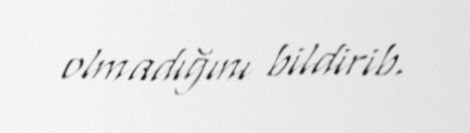
olmadığını bildirib.